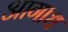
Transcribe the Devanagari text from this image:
आगाध